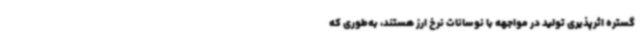
گستره اثرپذیری تولید در مواجهه با نوسانات نرخ ارز هستند، به‌طوری که